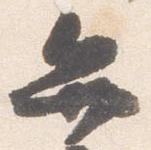
弁